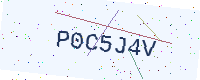
Text: P0C5J4V